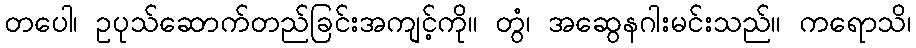
တပေါ၊ ဥပုသ်ဆောက်တည်ခြင်းအကျင့်ကို။ တွံ၊ အဆွေနဂါးမင်းသည်။ ကရောသိ၊